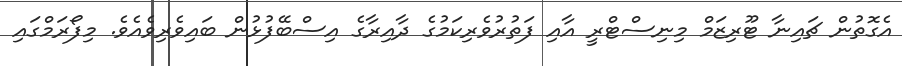
އެގޮތުން ޗައިނާ ޓޫރިޒަމް މިނިސްޓްރީ އާއި ފަތުރުވެރިކަމުގެ ދާއިރާގެ އިސްބޭފުޅުން ބައިވެރިވެއެވެ. މިފޯރަމްގައި